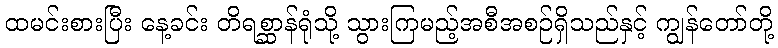
ထမင်းစားပြီး နေ့ခင်း တိရစ္ဆာန်ရုံသို့ သွားကြမည့်အစီအစဉ်ရှိသည်နှင့် ကျွန်တော်တို့